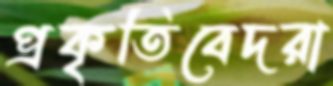
প্রকৃতিবেদরা